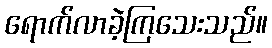
ရောက်လာခဲ့ကြသေးသည်။